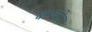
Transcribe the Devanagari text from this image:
बाष्पीय